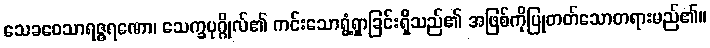
သေခဝေသာရဇ္ဇရဏော၊ သေက္ခပုဂ္ဂိုလ်၏ ကင်းသောရွံ့ရှာခြင်းရှိသည်၏ အဖြစ်ကိုပြုတတ်သောတရားမည်၏။